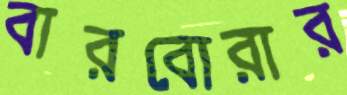
বারবোরার